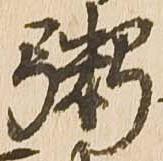
粥